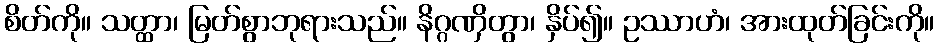
စိတ်ကို။ သတ္ထာ၊ မြတ်စွာဘုရားသည်။ နိဂ္ဂဏှိတွာ၊ နှိပ်၍။ ဥဿာဟံ၊ အားထုတ်ခြင်းကို။